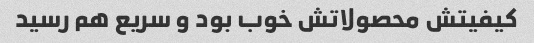
کیفیتش محصولاتش خوب بود و سریع هم رسید